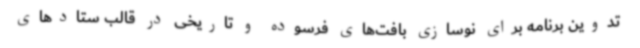
تدوین برنامه برای نوسازی بافت‌های فرسوده و تاریخی در قالب ستادهای